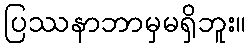
ပြဿနာဘာမှမရှိဘူး။